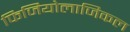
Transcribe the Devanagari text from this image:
फिजियोलाजिकल